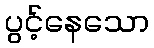
ပွင့်နေသော